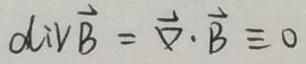
$\mathrm{div} \vec{B} = \vec{\nabla} \cdot \vec{B} \equiv 0$